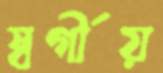
স্বর্গীয়